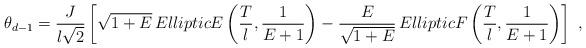
LaTeX: \begin{align*}\theta_{d-1} = \frac{J}{l\sqrt{2}} \left[ \sqrt{1+E} \, EllipticE\left(\frac{T}{l},\frac{1}{E+1}\right) - \frac{E}{ \sqrt{1+ E}}\,EllipticF\left(\frac{T}{l},\frac{1}{E+1}\right) \right] \;,\end{align*}